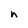
Character: n